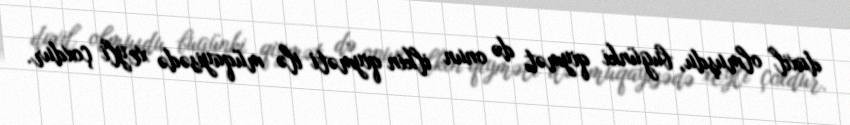
daxil olmuşdu, bugünki qiymət də onun ilkin qiyməti ilə müqayisədə xeyli çoxdur.